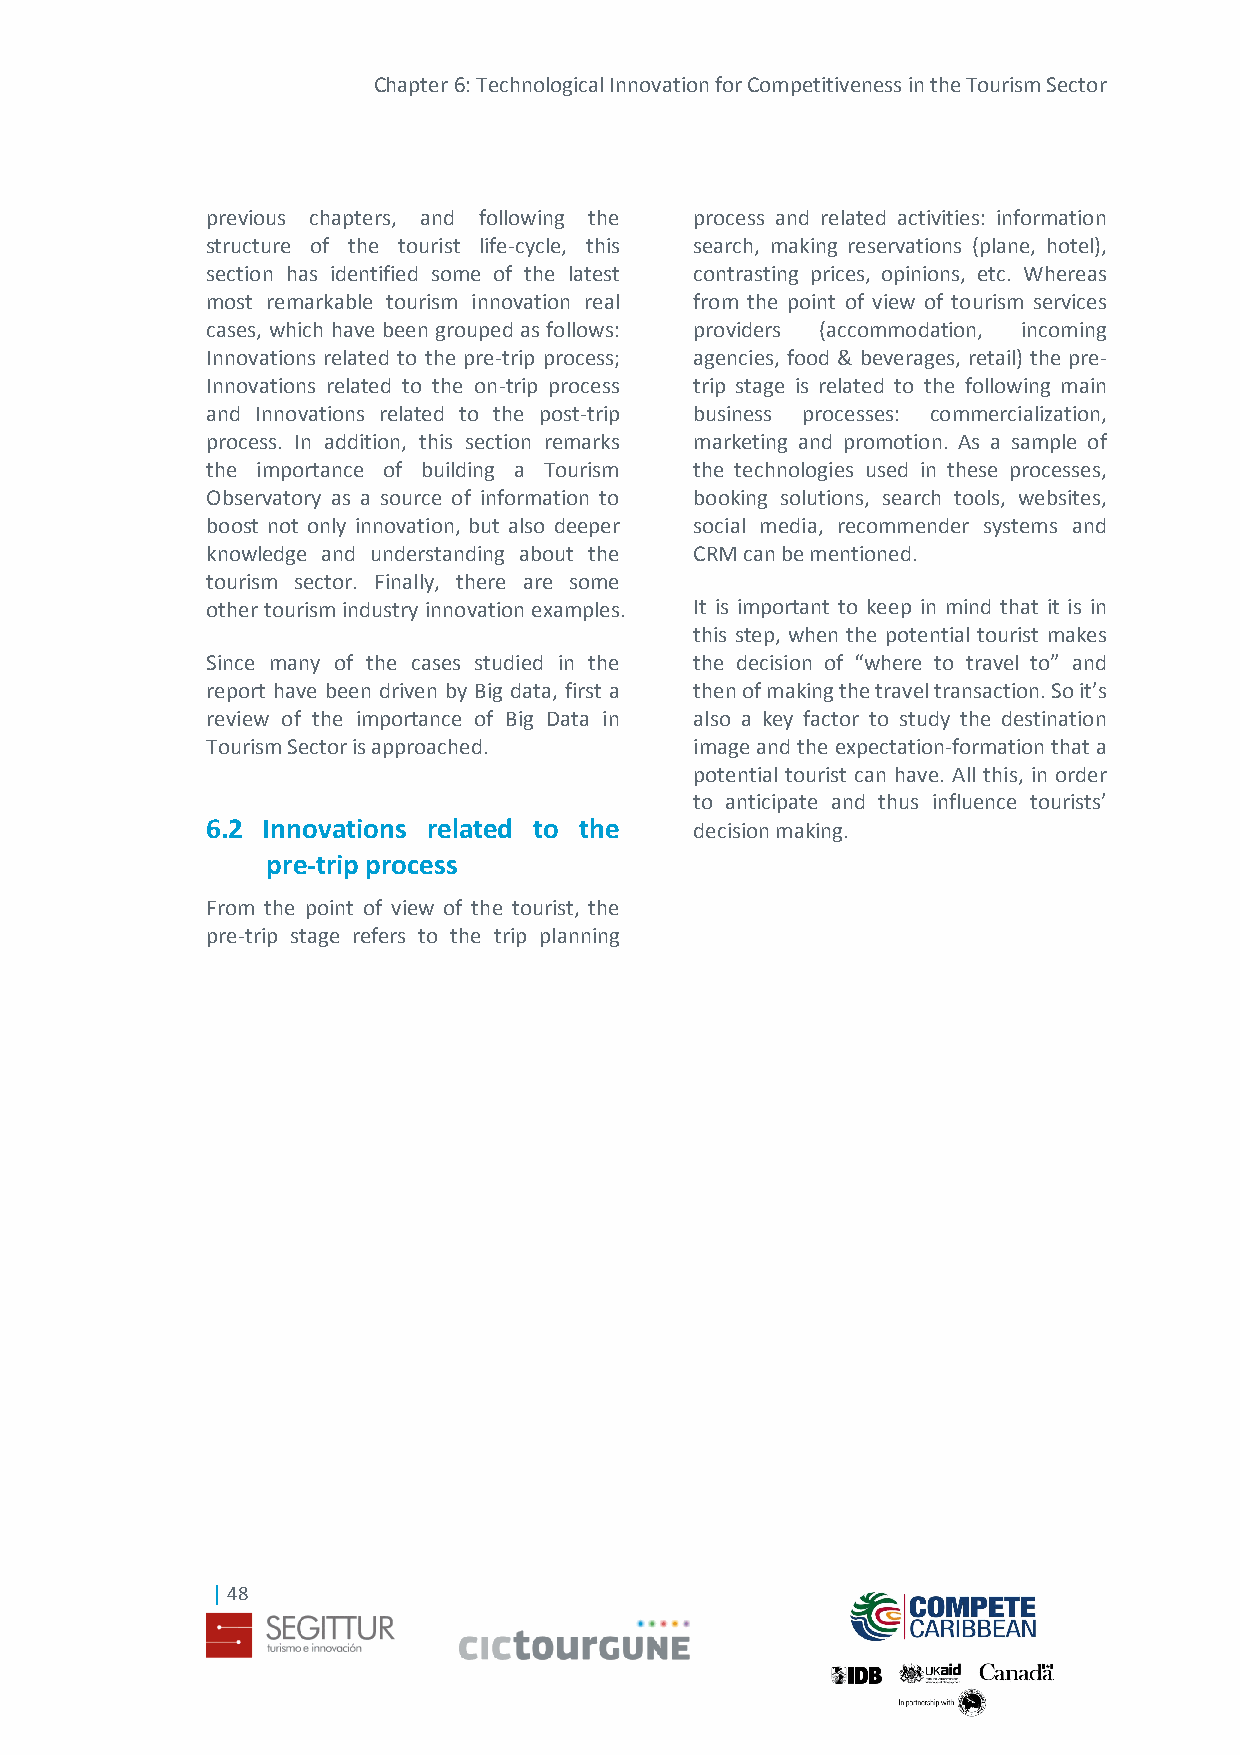
Chapter 6: Technological Innovation for Competitiveness in the Tourism Sector
 previous chapters, and following the process and related activities: information
 structure of the tourist life-cycle, this search, making reservations (plane, hotel),
 section has identified some of the latest contrasting prices, opinions, etc. Whereas
 most remarkable tourism innovation real from the point of view of tourism services
 cases, which have been grouped as follows: providers (accommodation, incoming
 Innovations related to the pre-trip process; agencies, food & beverages, retail) the pre-
 Innovations related to the on-trip process trip stage is related to the following main
 and Innovations related to the post-trip business processes: commercialization,
 process. In addition, this section remarks marketing and promotion. As a sample of
 the importance of building a Tourism the technologies used in these processes,
 Observatory as a source of information to booking solutions, search tools, websites,
 boost not only innovation, but also deeper social media, recommender systems and
 knowledge and understanding about the CRM can be mentioned.
 tourism sector. Finally, there are some
 other tourism industry innovation examples. It is important to keep in mind that it is in
 this step, when the potential tourist makes
 Since many of the cases studied in the the decision of “where to travel to” and
 report have been driven by Big data, first a then of making the travel transaction. So it’s
 review of the importance of Big Data in also a key factor to study the destination
 Tourism Sector is approached.   image and the expectation-formation that a
 potential tourist can have. All this, in order
 to anticipate and thus influence tourists’
 6.2 Innovations related to the  decision making.
 pre-trip process
 From the point of view of the tourist, the
 pre-trip stage refers to the trip planning
 | 48